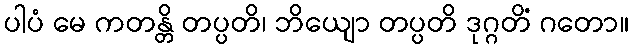
ပါပံ မေ ကတန္တိ တပ္ပတိ၊ ဘိယျော တပ္ပတိ ဒုဂ္ဂတိံ ဂတော။